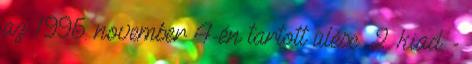
az 1995. november 4-én tartott ülése. 2. kiad. -